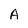
Character: A